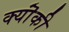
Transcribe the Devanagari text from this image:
क्यॊंकी